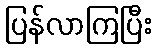
ပြန်လာကြပြီး